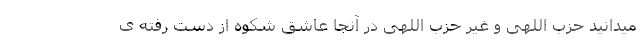
میدانید حزب اللهی و غیر حزب اللهی در آنجا عاشق شکوه از دست رفته ی